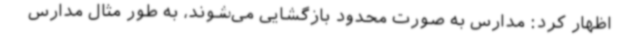
اظهار کرد: مدارس به صورت محدود بازگشایی می‌شوند، به طور مثال مدارس